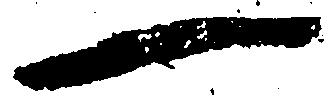
一